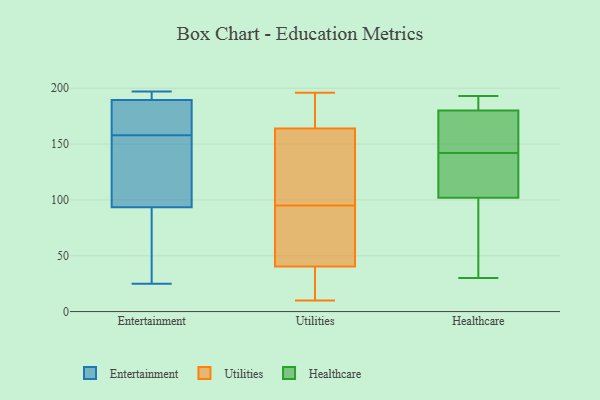
{"axis": {"x": "Revenue (USD Million)", "y": "Value"}, "legend": ["Entertainment", "Healthcare", "Utilities"], "data": [{"x": "", "y": 33, "type": "Entertainment"}, {"x": "", "y": 25, "type": "Entertainment"}, {"x": "", "y": 166, "type": "Entertainment"}, {"x": "", "y": 159, "type": "Entertainment"}, {"x": "", "y": 116, "type": "Entertainment"}, {"x": "", "y": 191, "type": "Entertainment"}, {"x": "", "y": 188, "type": "Entertainment"}, {"x": "", "y": 197, "type": "Entertainment"}, {"x": "", "y": 71, "type": "Entertainment"}, {"x": "", "y": 194, "type": "Entertainment"}, {"x": "", "y": 158, "type": "Entertainment"}, {"x": "", "y": 158, "type": "Entertainment"}, {"x": "", "y": 194, "type": "Entertainment"}, {"x": "", "y": 155, "type": "Entertainment"}, {"x": "", "y": 37, "type": "Entertainment"}, {"x": "", "y": 151, "type": "Entertainment"}, {"x": "", "y": 98, "type": "Utilities"}, {"x": "", "y": 137, "type": "Utilities"}, {"x": "", "y": 159, "type": "Utilities"}, {"x": "", "y": 84, "type": "Utilities"}, {"x": "", "y": 71, "type": "Utilities"}, {"x": "", "y": 194, "type": "Utilities"}, {"x": "", "y": 156, "type": "Utilities"}, {"x": "", "y": 42, "type": "Utilities"}, {"x": "", "y": 10, "type": "Utilities"}, {"x": "", "y": 95, "type": "Utilities"}, {"x": "", "y": 91, "type": "Utilities"}, {"x": "", "y": 35, "type": "Utilities"}, {"x": "", "y": 179, "type": "Utilities"}, {"x": "", "y": 22, "type": "Utilities"}, {"x": "", "y": 25, "type": "Utilities"}, {"x": "", "y": 182, "type": "Utilities"}, {"x": "", "y": 196, "type": "Utilities"}, {"x": "", "y": 180, "type": "Healthcare"}, {"x": "", "y": 46, "type": "Healthcare"}, {"x": "", "y": 144, "type": "Healthcare"}, {"x": "", "y": 117, "type": "Healthcare"}, {"x": "", "y": 160, "type": "Healthcare"}, {"x": "", "y": 56, "type": "Healthcare"}, {"x": "", "y": 190, "type": "Healthcare"}, {"x": "", "y": 102, "type": "Healthcare"}, {"x": "", "y": 133, "type": "Healthcare"}, {"x": "", "y": 30, "type": "Healthcare"}, {"x": "", "y": 140, "type": "Healthcare"}, {"x": "", "y": 193, "type": "Healthcare"}, {"x": "", "y": 174, "type": "Healthcare"}, {"x": "", "y": 192, "type": "Healthcare"}]}